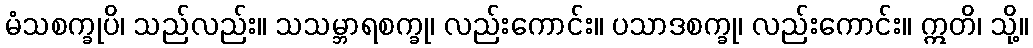
မံသစက္ခုပိ၊ သည်လည်း။ သသမ္ဘာရစက္ခု၊ လည်းကောင်း။ ပသာဒစက္ခု၊ လည်းကောင်း။ ဣတိ၊ သို့။